Report on plague in the Punjab from October 1st ... to September 30th ..., being the ... season of plague in the province
Disease focus: Plague
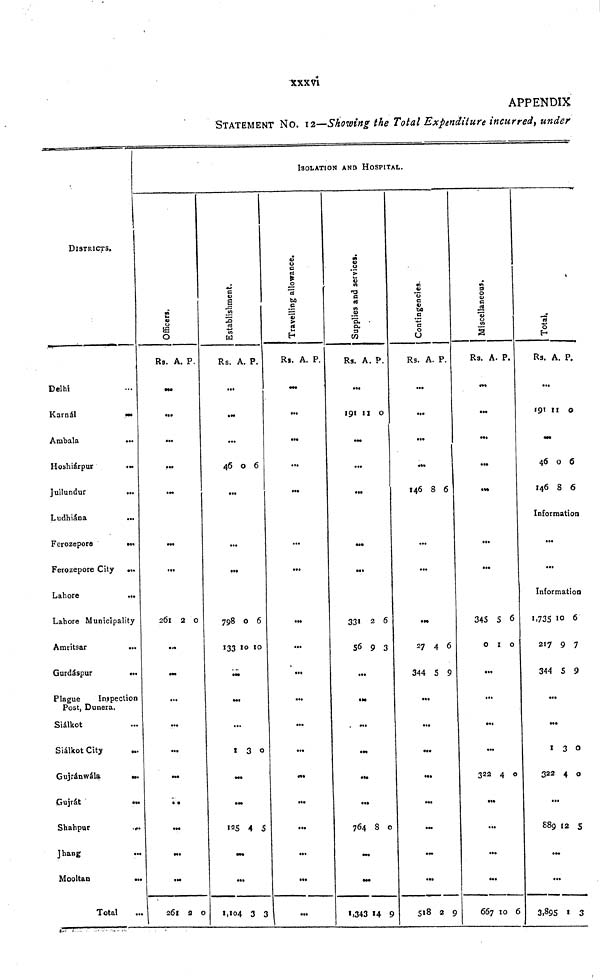
xxxvi
APPENDIX
STATEMENT NO. 12—Showing the Total Expenditure incurred, under
DISTRICTS.
Delhi ...
Karnál
...
Ambala
...
Hoshiárpur
...
Jullundur
...
Ludhiána
...
Ferozepore
...
Ferozepore City ...
Lahore
...
Lahore Municipality
Amritsar
...
Gurdáspur
...
Plague
Inspection
Post, Dunera.
Siálkot ...
Siálkot City ...
Gujránwála
...
Gujrát
...
Shahpur
...
Jhang
...
Mooltan
...
Total ...
ISOLATION AND HOSPITAL.
Officers.
Rs.
...
...
...
...
...
...
...
...
261
...
...
...
...
...
...
...
...
...
...
261
A.
2
...
2
P.
0
0
Establishment.
Rs.
...
...
...
46
...
...
...
798
133
...
...
...
1
...
...
125
...
...
) 1,104
A.
0
0
10
3
4
3
P.
6
6
10
0
5
3
Travelling allowance.
Rs.
...
...
...
...
...
...
...
...
...
...
...
...
...
...
...
...
...
...
...
...
A.
...
P.
Supplies and services.
Rs.
...
191
...
...
...
...
...
...
331
56
...
...
...
...
...
...
764
...
...
1,343
A.
...
11
2
9
8
14
P.
0
6
3
0
9
Contingencies.
Rs.
...
...
...
...
146
...
...
...
...
27
344
...
...
...
...
...
...
...
...
513
A.
8
4
5
2
P.
6
6
9
' 9
Miscellaneous.
Rs.
...
...
...
...
...
...
...
...
345
0
...
...
...
...
322
...
...
...
...
667
A.
5
1
...
4
10
P.
6
0
0
6
Total.
Rs.
...
191
...
46
146
A.
11
0
8
p.
0
6
6
Information
...
...
Information
1,735
217
344
...
...
1
322
...
889
...
...
3,895
10
9
5
3
4
12
1
6
7
9
0
0
5
3